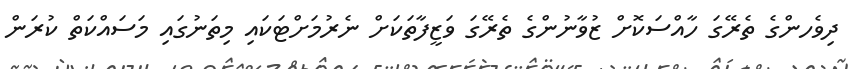
ދިވެހންގެ ތެރޭގަ ހާއްސަކޮށް ޒުވާނުންގެ ތެރޭގަ ވަޒީފާތަކަށް ނެރުމަށްޓަކައި މިތަނުގައި މަސައްކަތް ކުރަން